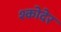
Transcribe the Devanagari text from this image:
श्कोदेर